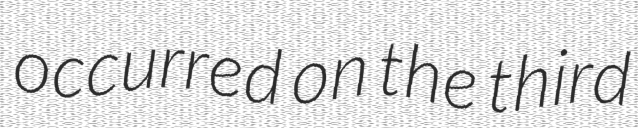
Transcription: occurred on the third